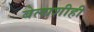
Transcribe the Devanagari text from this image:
बेलाशीही